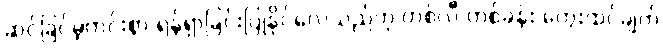
ဆင်ခြင်မဲ့ကင်းစွာ ရန်ရှာခြင်းပြုနိုင်လေသည်ဟု တစ်လီ တစ်ခန်း တွေးထင်ချက်